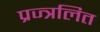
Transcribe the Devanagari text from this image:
प्रज्त्रलित